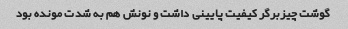
گوشت چیزبرگر کیفیت پایینی داشت و نونش هم به شدت مونده بود